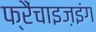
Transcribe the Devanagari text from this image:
फ्रैंचाइज़इंग